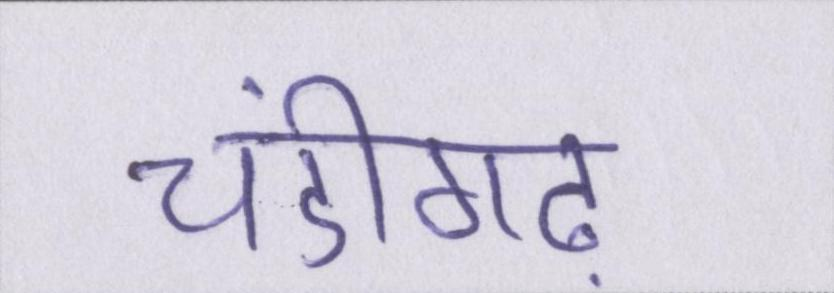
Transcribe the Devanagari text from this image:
चंडीगढ़